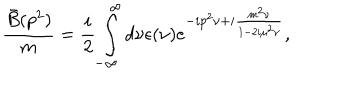
\frac { \bar { B } ( p ^ { 2 } ) } { m } = \frac { i } { 2 } \int _ { - \infty } ^ { \infty } d \nu \epsilon ( \nu ) e ^ { - i p ^ { 2 } \nu + i { \frac { m ^ { 2 } \nu } { 1 - 2 i \mu ^ { 2 } \nu } } } ,